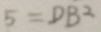
5 = D B ^ { 2 }